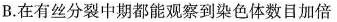
B.在有丝分裂中期都能观察到染色体数目加倍